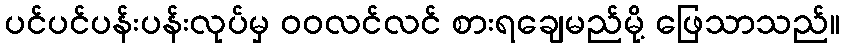
ပင်ပင်ပန်းပန်းလုပ်မှ ဝဝလင်လင် စားရချေမည်မို့ ဖြေသာသည်။